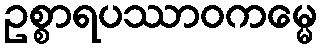
ဥစ္စာရပဿာဝကမ္မေ